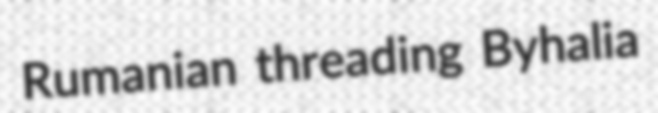
Rumanian threading Byhalia